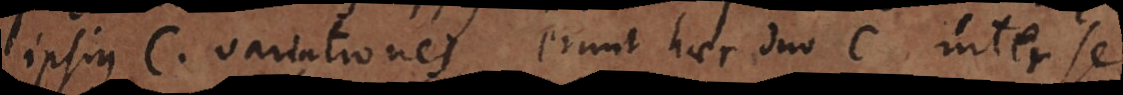
ipsius c variationes, erunt haec duo c inter se